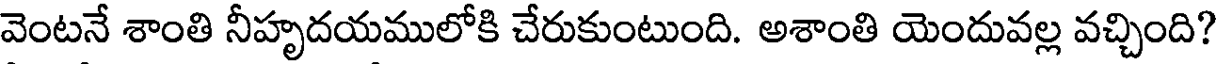
వెంటనే శాంతి నీహృదయములోకి చేరుకుంటుంది. అశాంతి యెందువల్ల వచ్చింది?